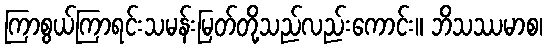
ကြာစွယ်ကြာရင်းသမန်းမြတ်တို့သည်လည်းကောင်း။ ဘိသဿမာစ၊